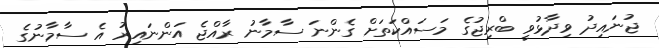
ޖުނައިދު ވިދާޅުވީ ބްރިޖުގެ މަސައްކަތަށް ގެންނަ ސާމާނު ރާއްޖެ އަންނައިރު އެ ސާމާނުގެ